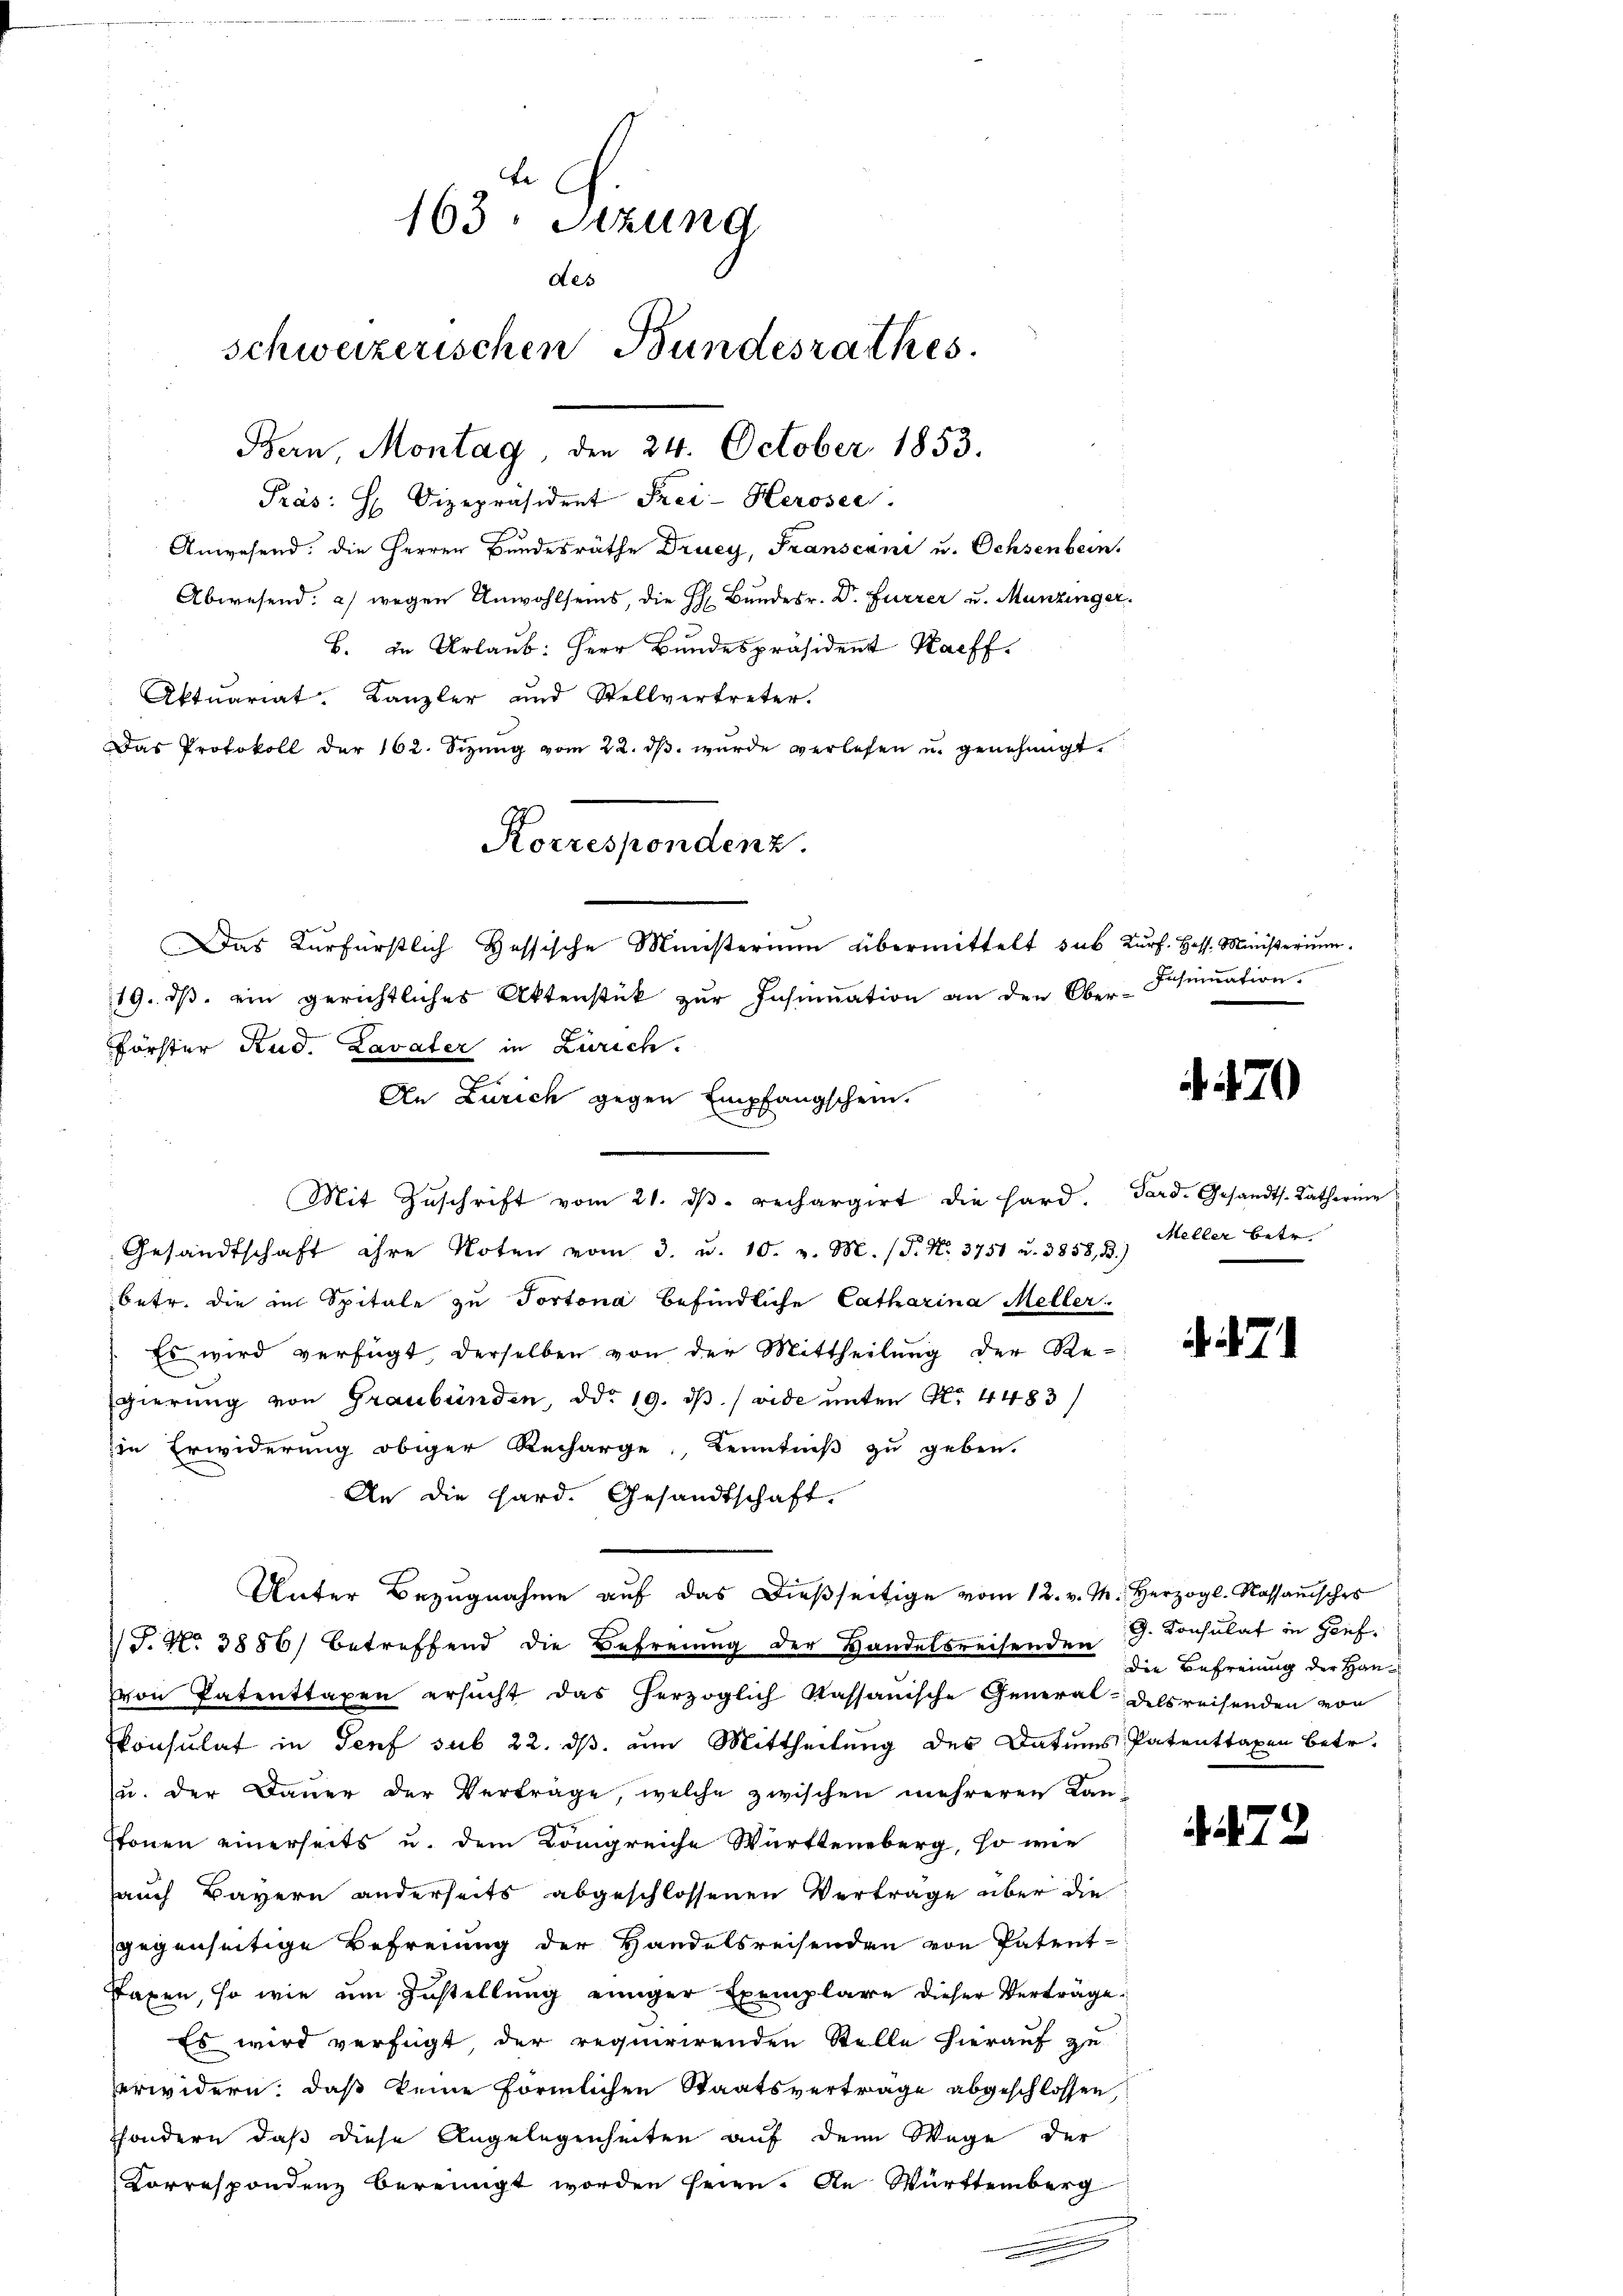
be
163. Sitzung
des
schweizerischen Bundesrathes.
Bern, Montag, den 24. October 1853.

Präs. H. Vizepräsident Frei-Kerosec
Anwesend: die Herren Bundesräthe Drucy, Franscani u. Ochsenbein.
Abwesend: a) wegen Unwohlseins, die H. Bundesr. Dr. Furrer u. Munzinger.
B. in Urlaub: Herr Bundespräsident Kaff
Aktuariat. Kanzler und Stellvertreter.
Das Protokoll der 162. Sizung vom 22. dβ. wurde verlesen u. genehmigt.
19. dβ ein gerichtliches Aktenstück zŭr Insinuation an den Ober-Schination.
Förster Rud. Lavater in Zürich.
.
Mit Zŭschrift vom 21. dβ. rechargirt die Hard. Ferd. Gesandts. Katharine
Gesandtschaft ihre Noten vom 3. u. 10. v. M. (S. Nr. 3751 u. 3858, B.)
betr. die im Spitale zu Portona befindliche Catharina Meller
Es wird verfügt, derselben von der Mittheilung der Re-
Egierung von Graubünden, ddo 19. ds. / vide unter No. 4483/
zin Erwiderung obiger Recharge, Kenntniß zu geben.
An die Hard. Gesandtschaft.
Unter Bezŭgnahme aŭf das dieβseitige vom 12. v. M. Herzogl. Kassauisches
S. No 3886) betreffend die Befreiung der Handelsreisenden die Befreiung der Hanvon Patenttaxen ersŭcht das herzoglich kassanische General-delsreisenden von
konsulat in Genf sub 22. ds. um Mittheilung des Datums Patenttaxen betr.
u. der Dauer der Verträge, welche zwischen mehreren Kan¬
Etonen einerseits u. dem Königreiche Württenberg, so wie
Jauch Bayern anderseits abgeschlossenen Verträge über die
gegenseitige Befreiung der Handelsreisenden von Patent-
Taxen, so wie um Zustellung einiger Exemplare dieser Verträge
Es wird verfügt, der requirirenden Stelle hierauf zu
erwidern, daß keine förmlichen Staatsvertrage abgeschlossen,
sondern daß diese Angelegenheiten auf dem Wege der
Korrespondenz bereinigt worden seien. An Württemberg

Korrespondenz.
Das Kurfürstlich Hessische Ministerium übermittelt sub Kurf. Hess. Ministerium.

An Zürich gegen Empfangschein.

7

Meller betr.

471

G. Consulat in Geif.

72